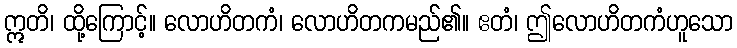
ဣတိ၊ ထို့ကြောင့်။ လောဟိတကံ၊ လောဟိတကမည်၏။ ဧတံ၊ ဤလောဟိတကံဟူသော